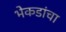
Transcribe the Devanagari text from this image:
भेकडांचा